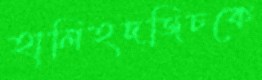
হালিহদজিচকে